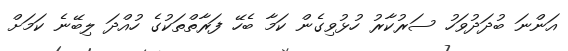
އަންނަ ބުދަދުވަހު ސަރުކާރު ހުޅުވިގެން ކަމާ ބެހޭ ފަރާތްތަކުގެ ހުއްދަ ލިބޭނެ ކަމަށް